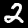
Digit: 2